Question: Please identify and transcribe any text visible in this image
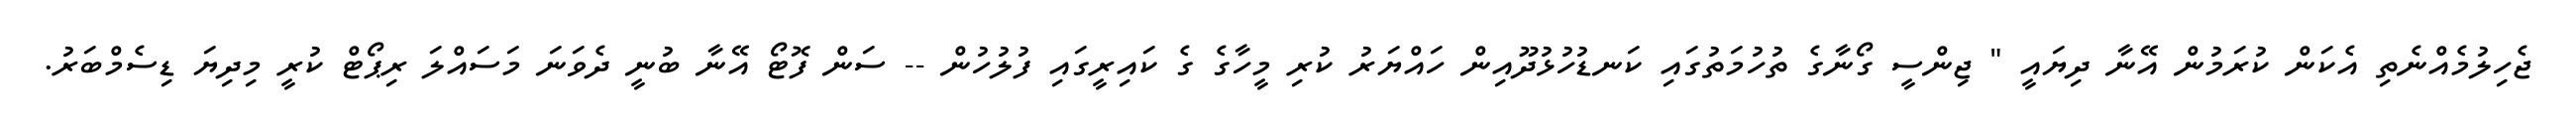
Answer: ޖެހިލުމެއްނެތި އެކަން ކުރަމުން އޭނާ ދިޔައީ " ޖިންސީ ގޯނާގެ ތުހުމަތުގައި ކަނޑުހުޅުދޫއިން ހައްޔަރު ކުރި މީހާގެ ގެ ކައިރީގައި ފުލުހުން -- ސަން ފޮޓޯ އޭނާ ބުނީ ދެވަނަ މަސައްލަ ރިޕޯޓް ކުރީ މިދިޔަ ޑިސެމްބަރު.